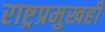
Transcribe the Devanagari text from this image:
राष्ट्रप्रमुखही